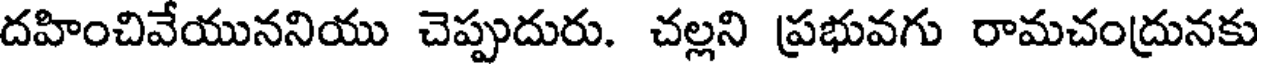
దహించివేయుననియు చెప్పుదురు. చల్లని ప్రభువగు రామచంద్రునకు